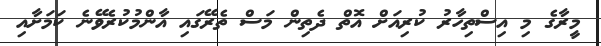
މީރާގެ މި އިސްތިހާރު ކުރިއަށް އޮތް ދެތިން މަސް ތެރޭގައި އާންމުކުރެވޭނެ ކަމަށާއި